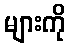
များကို